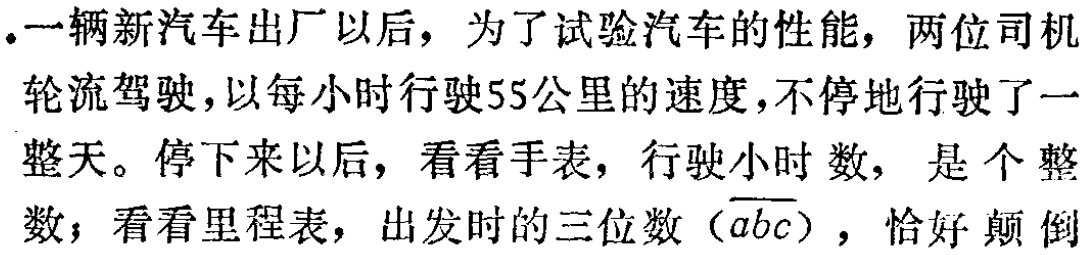
.一辆新汽车出厂以后，为了试验汽车的性能，两位司机轮流驾驶，以每小时行驶55公里的速度，不停地行驶了一整天。停下来以后，看看手表，行驶小时数，是个整数；看看里程表，出发时的三位数（\(\overline{abc}\)），恰好颠倒